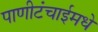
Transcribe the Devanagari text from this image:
पाणीटंचाईमधे